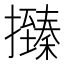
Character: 𢸩